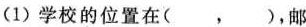
(1)学校的位置在( ， )，邮